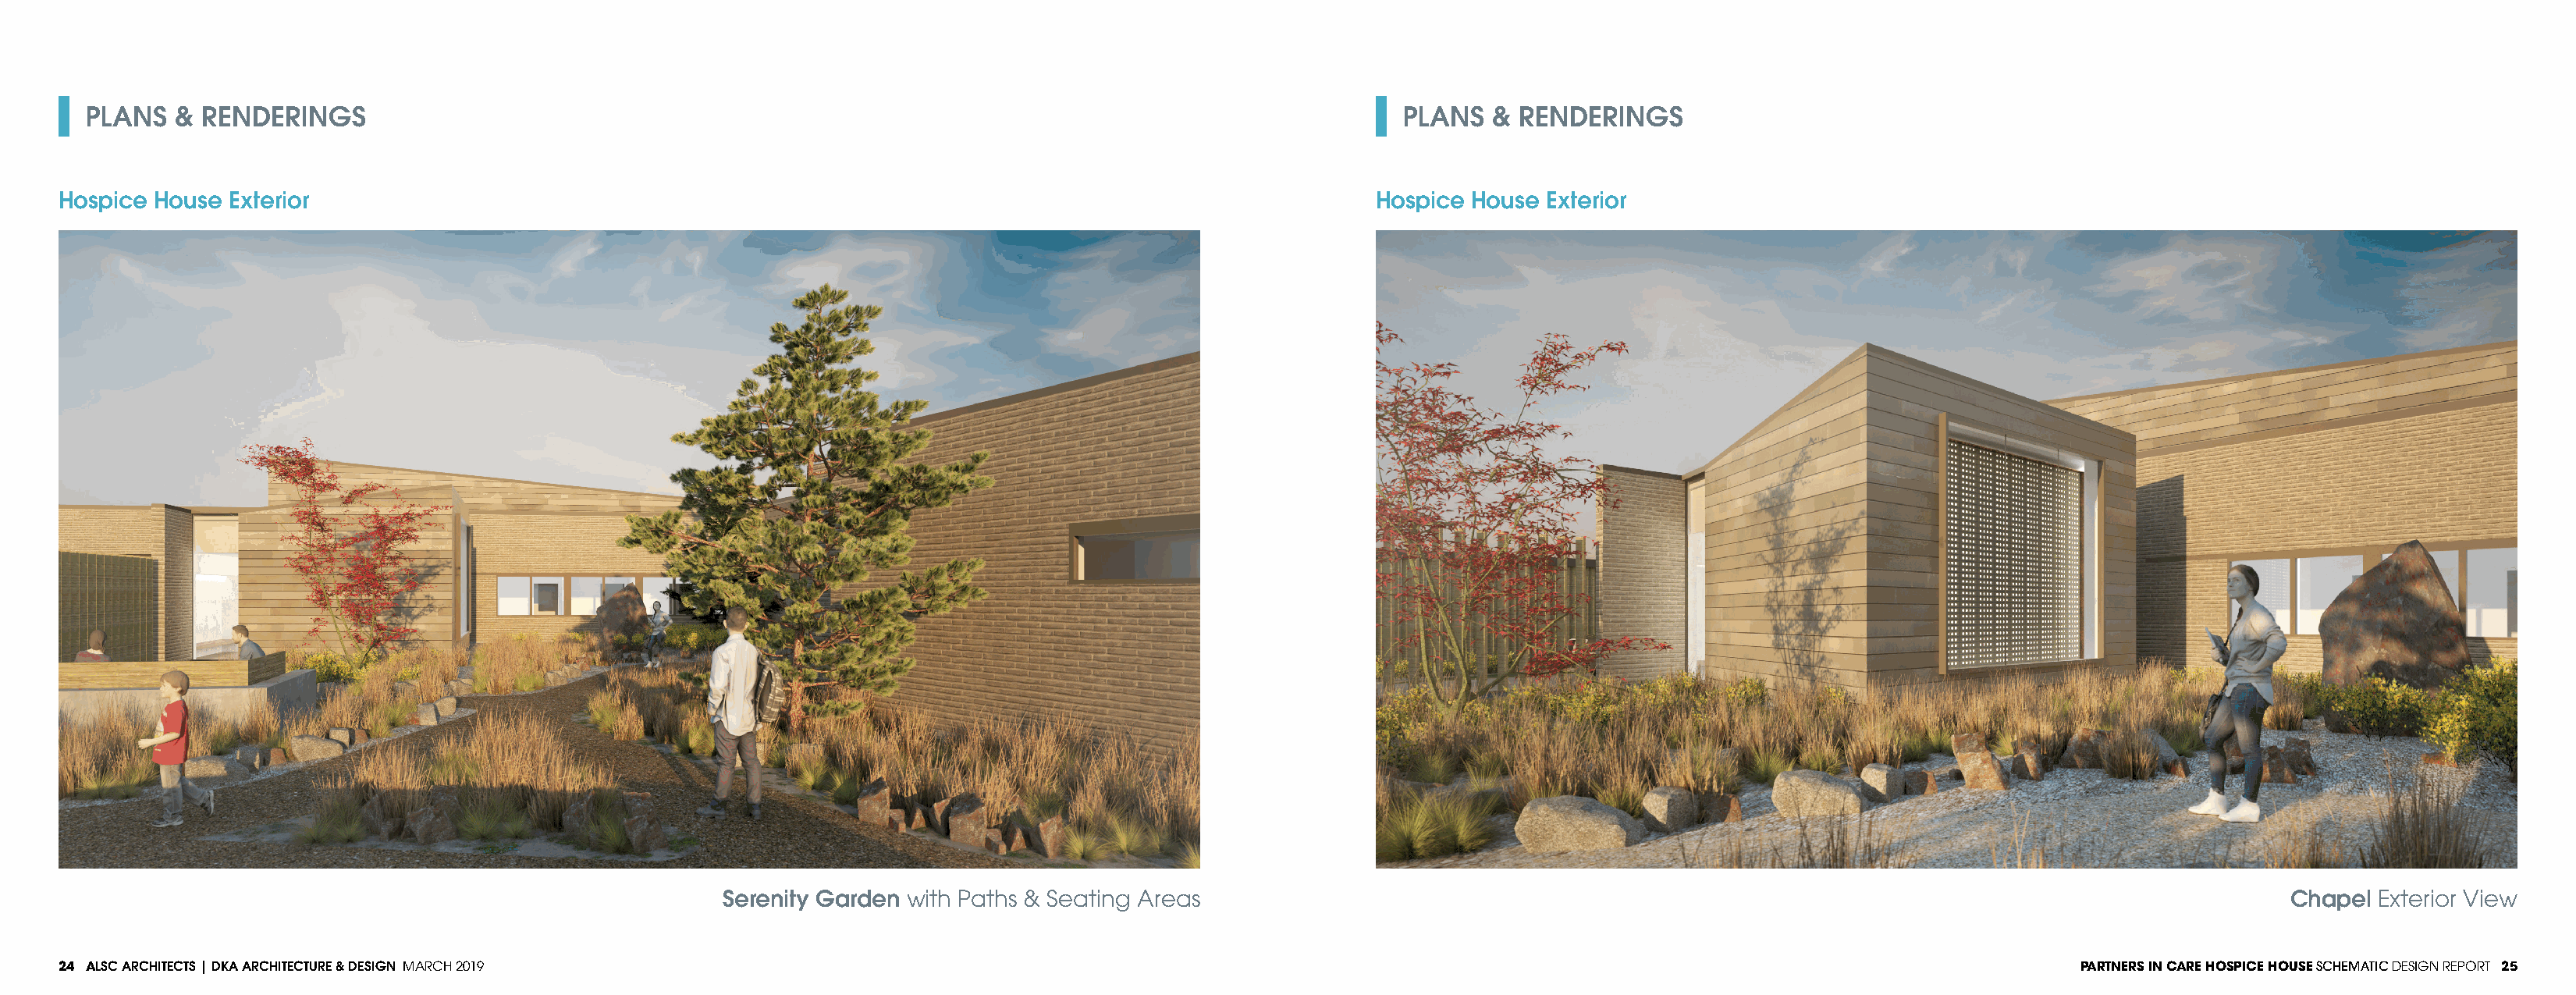
PLANS   & RENDERINGS                                                                                            PLANS   & RENDERINGS
 Hospice House Exterior                                                                                          Hospice House Exterior
 Serenity Garden with Paths & Seating Areas                                                                                           Chapel  Exterior View
 24 ALSC ARCHITECTS | DKA ARCHITECTURE & DESIGN MARCH 2019                                                                                                                  PARTNERS IN CARE HOSPICE HOUSE SCHEMATIC DESIGN REPORT 25